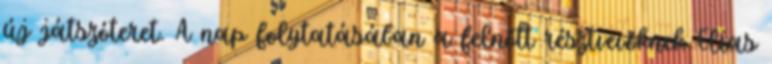
új játszóteret. A nap folytatásában a felnőtt résztvevőknek Elias